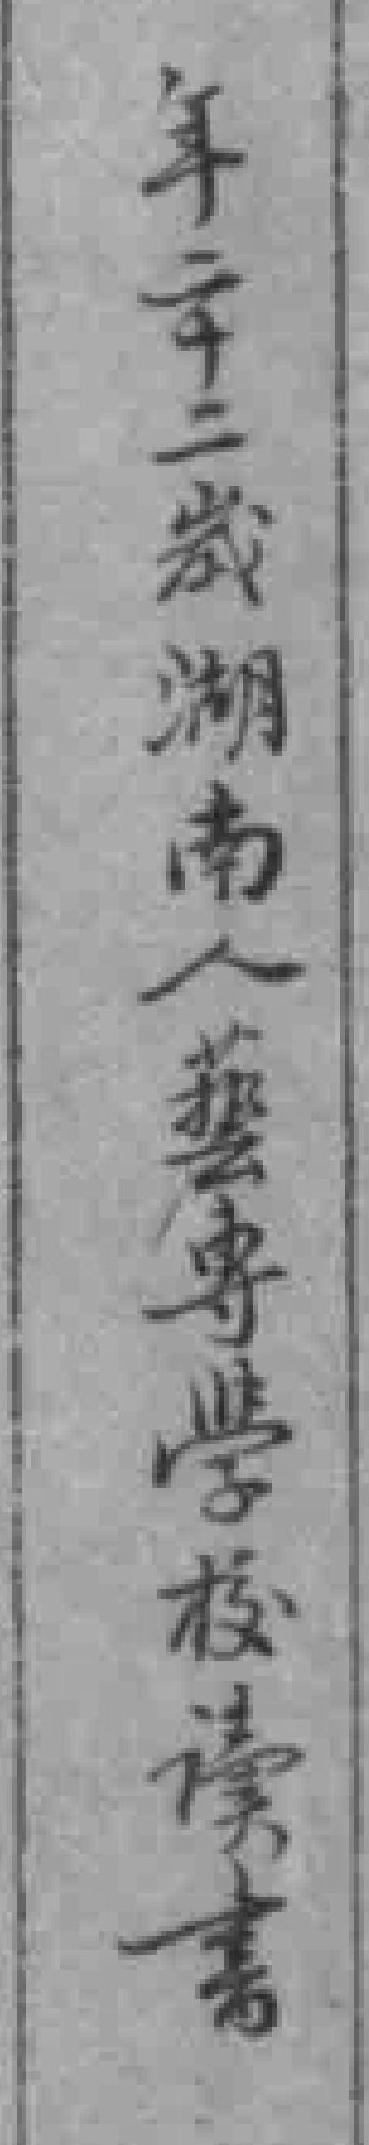
年二十二歲湖南人藝專學校读書